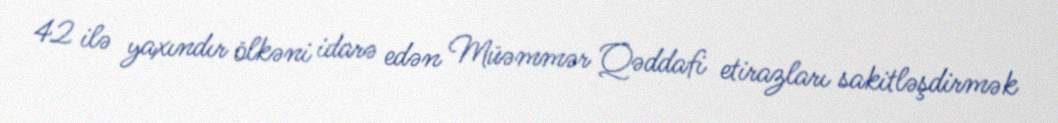
42 ilə yaxındır ölkəni idarə edən Müəmmər Qəddafi etirazları sakitləşdirmək